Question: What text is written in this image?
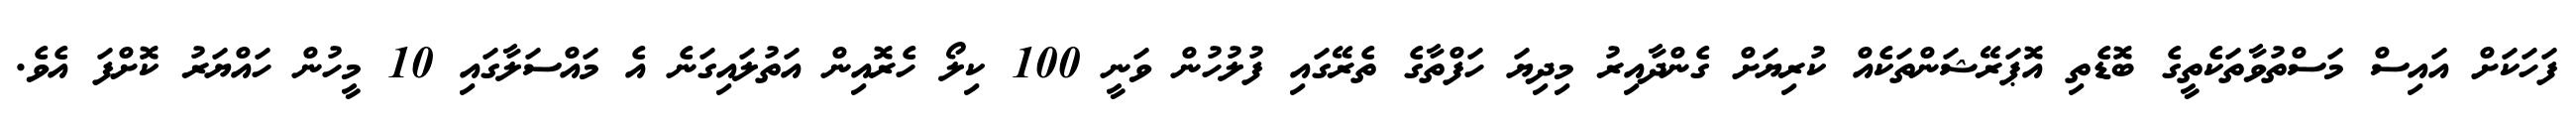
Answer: ފަހަކަށް އައިސް މަސްތުވާތަކެތީގެ ބޮޑެތި އޮޕަރޭޝަންތަކެއް ކުރިޔަށް ގެންދާއިރު މިދިޔަ ހަފްތާގެ ތެރޭގައި ފުލުހުން ވަނީ 100 ކިލޯ ހެރޮއިން އަތުލައިގަނެ އެ މައްސަލާގައި 10 މީހުން ހައްޔަރު ކޮށްފަ އެވެ.